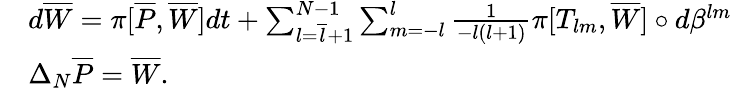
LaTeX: \begin{array}{ll}&{d\overline{{W}}=\pi[\overline{{P}},\overline{{W}}]dt+\sum_{l=\overline{{l}}+1}^{N-1}\sum_{m=-l}^{l}\frac{1}{-l(l+1)}\pi[T_{lm},\overline{{W}}]\circ d\beta^{lm}}\\ &{\Delta_{N}\overline{{P}}=\overline{{W}}.}\end{array}